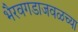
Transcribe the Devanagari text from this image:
भैरवगडाजवळच्या